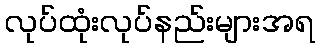
လုပ်ထုံးလုပ်နည်းများအရ